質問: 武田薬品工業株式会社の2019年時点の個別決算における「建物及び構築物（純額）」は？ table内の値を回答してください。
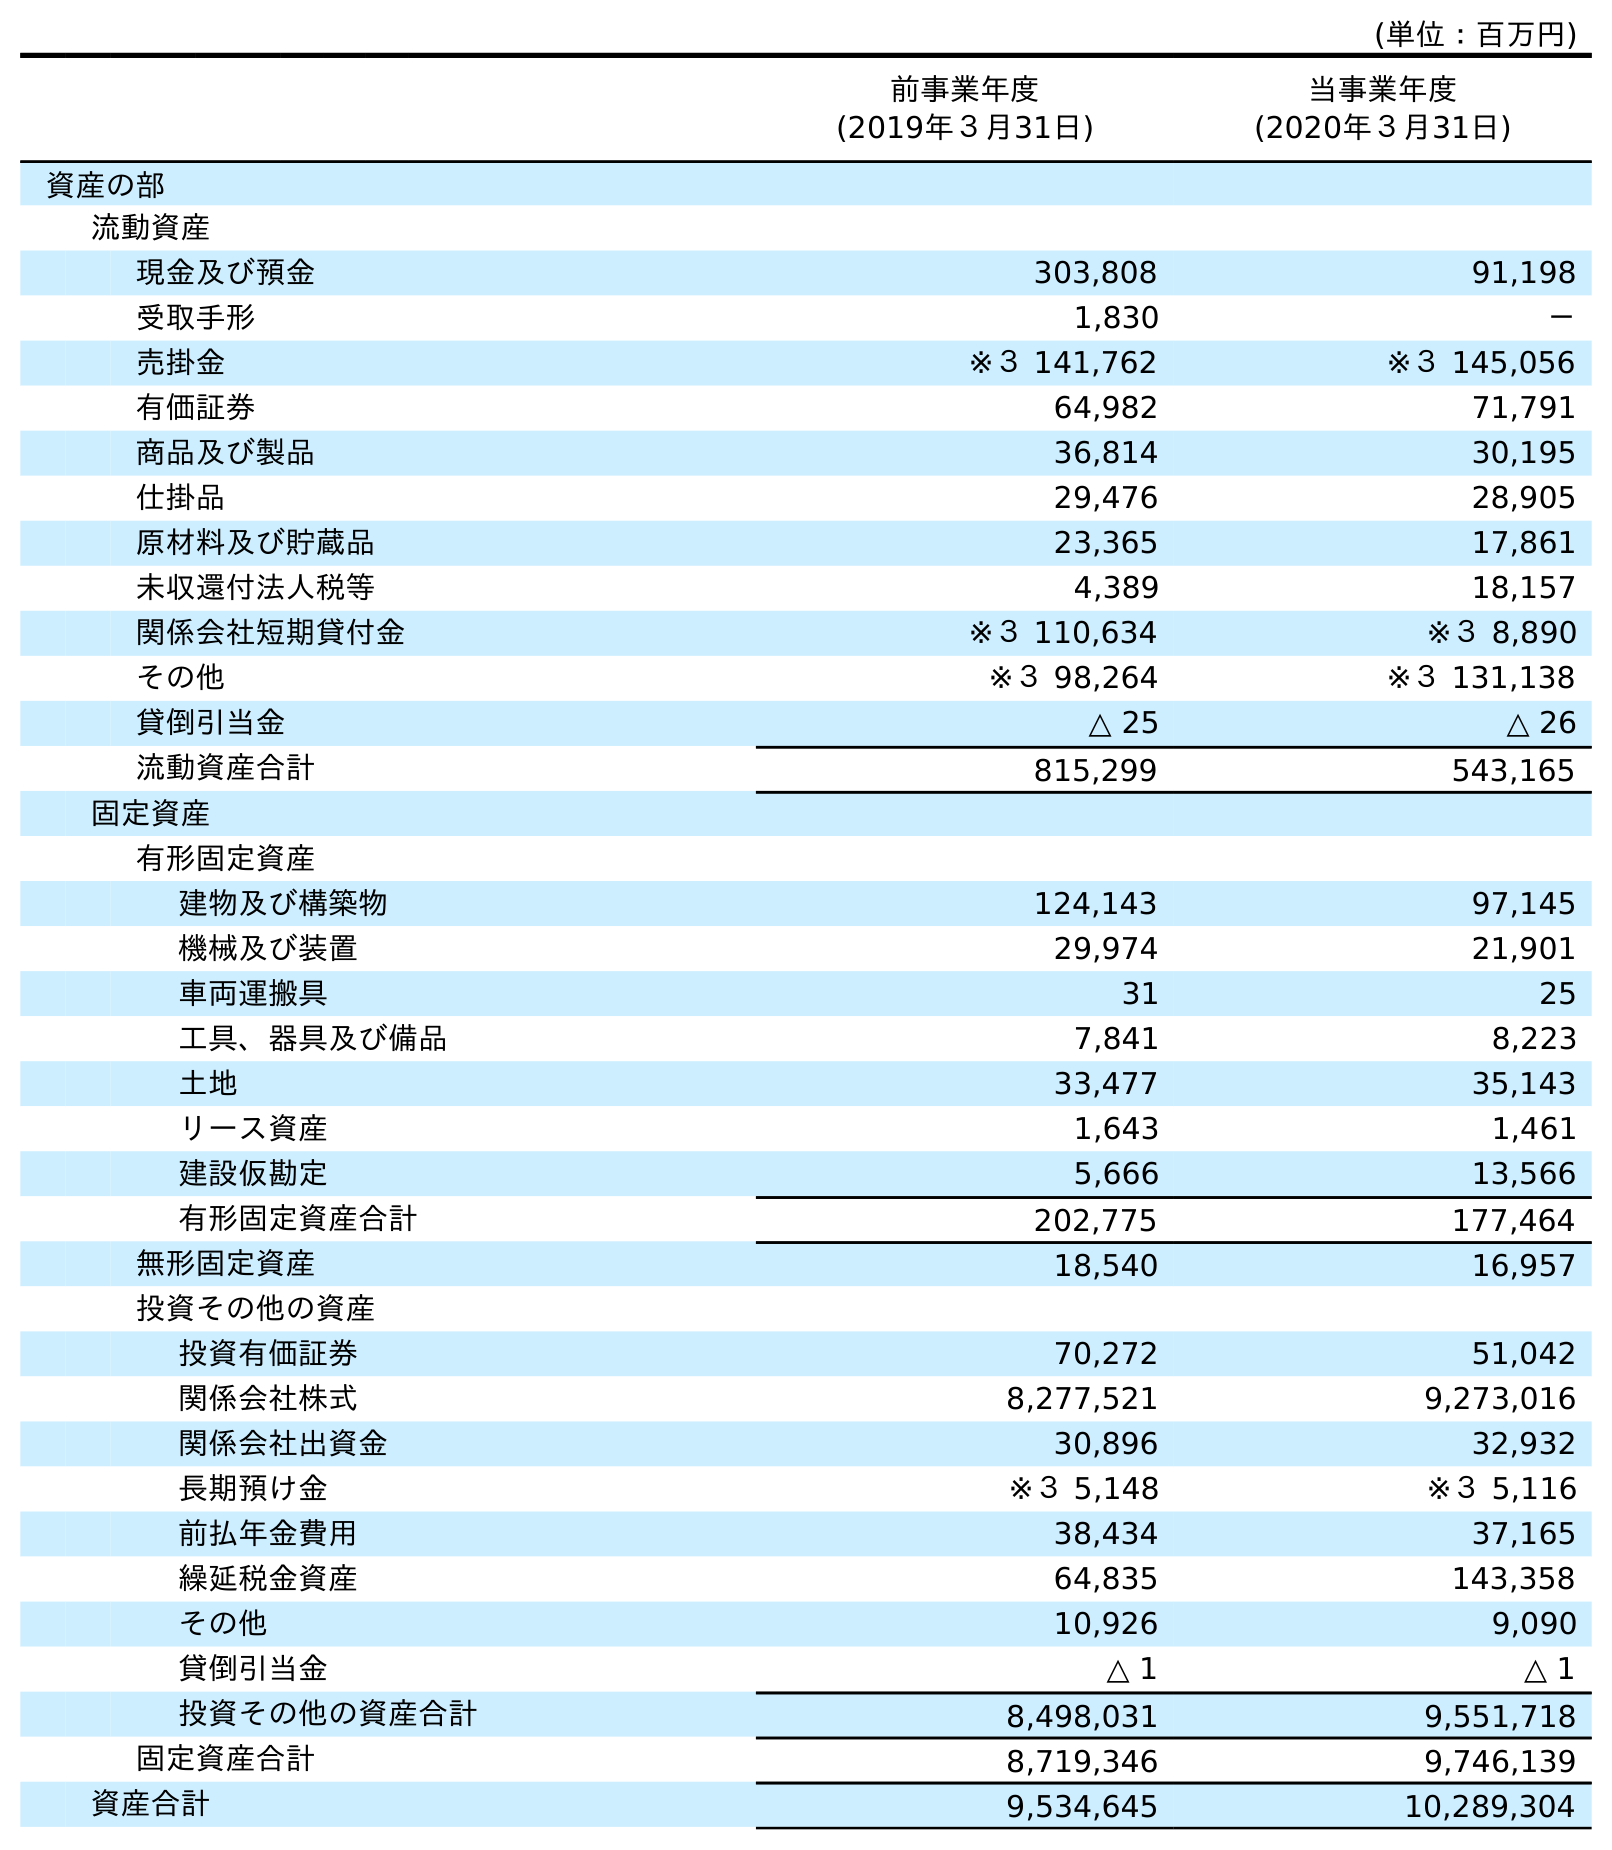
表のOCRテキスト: (単位：百万円) 前事業年度 (2019年３月31日) 当事業年度 (2020年３月31日) 資産の部 流動資産 現金及び預金 303,808 91,198 受取手形 1,830 － 売掛金 ※３ 141,762 ※３ 145,056 有価証券 64,982 71,791 商品及び製品 36,814 30,195 仕掛品 29,476 28,905 原材料及び貯蔵品 23,365 17,861 未収還付法人税等 4,389 18,157 関係会社短期貸付金 ※３ 110,634 ※３ 8,890 その他 ※３ 98,264 ※３ 131,138 貸倒引当金 △ 25 △ 26 流動資産合計 815,299 543,165 固定資産 有形固定資産 建物及び構築物 124,143 97,145 機械及び装置 29,974 21,901 車両運搬具 31 25 工具、器具及び備品 7,841 8,223 土地 33,477 35,143 リース資産 1,643 1,461 建設仮勘定 5,666 13,566 有形固定資産合計 202,775 177,464 無形固定資産 18,540 16,957 投資その他の資産 投資有価証券 70,272 51,042 関係会社株式 8,277,521 9,273,016 関係会社出資金 30,896 32,932 長期預け金 ※３ 5,148 ※３ 5,116 前払年金費用 38,434 37,165 繰延税金資産 64,835 143,358 その他 10,926 9,090 貸倒引当金 △ 1 △ 1 投資その他の資産合計 8,498,031 9,551,718 固定資産合計 8,719,346 9,746,139 資産合計 9,534,645 10,289,304
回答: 124,143